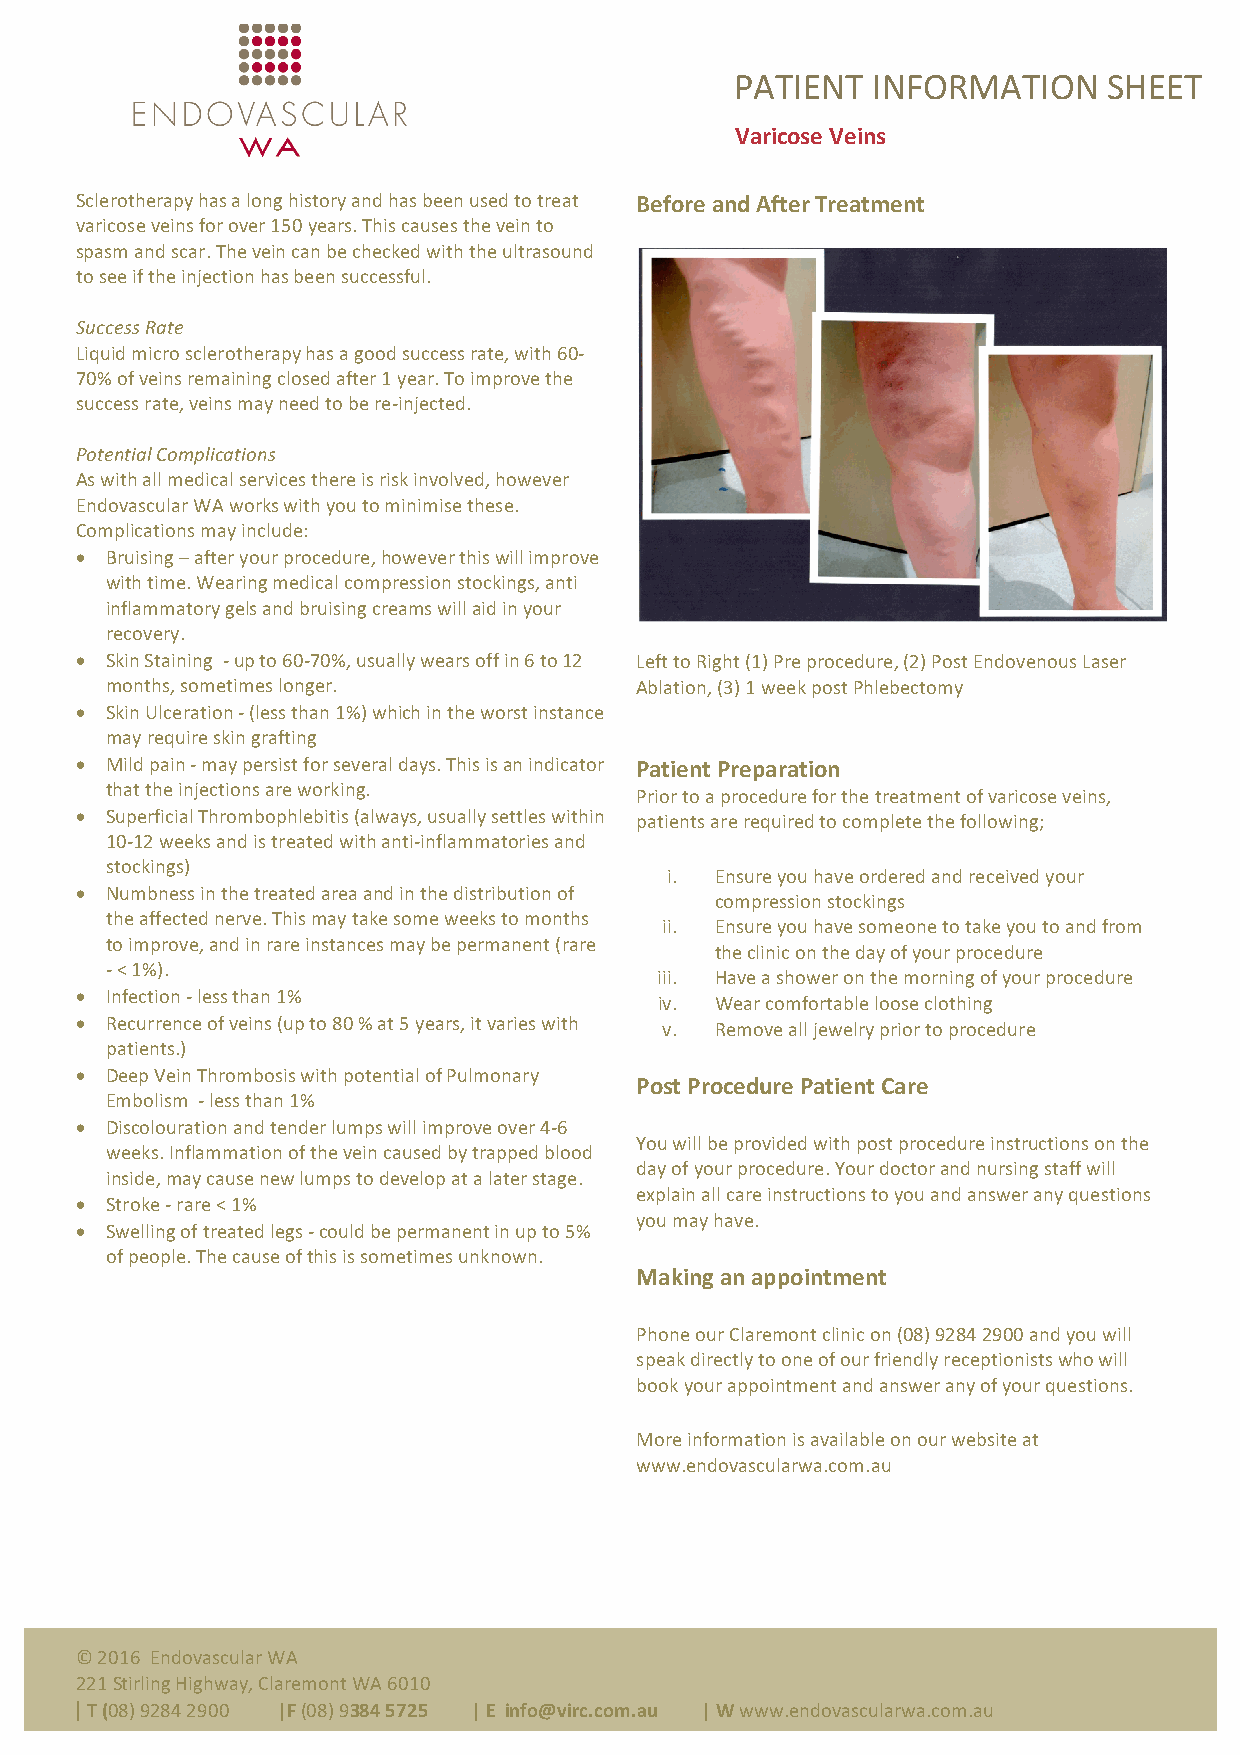
PATIENT  INFORMATION    SHEET
 Varicose Veins
 Sclerotherapy has a long history and has been used to treat Before and After Treatment
 varicose veins for over 150 years. This causes the vein to
 spasm and scar. The vein can be checked with the ultrasound
 to see if the injection has been successful.
 Success Rate
 Liquid micro sclerotherapy has a good success rate, with 60-
 70% of veins remaining closed after 1 year. To improve the
 success rate, veins may need to be re-injected.
 Potential Complications
 As with all medical services there is risk involved, however
 Endovascular WA works with you to minimise these.
 Complications may include:
 • Bruising – after your procedure, however this will improve
 with time. Wearing medical compression stockings, anti
 inflammatory gels and bruising creams will aid in your
 recovery.
 • Skin Staining - up to 60-70%, usually wears off in 6 to 12 Left to Right (1) Pre procedure, (2) Post Endovenous Laser
 months, sometimes longer.          Ablation, (3) 1 week post Phlebectomy
 • Skin Ulceration - (less than 1%) which in the worst instance
 may require skin grafting
 • Mild pain - may persist for several days. This is an indicator Patient Preparation
 that the injections are working.
 Prior to a procedure for the treatment of varicose veins,
 • Superficial Thrombophlebitis (always, usually settles within patients are required to complete the following;
 10-12 weeks and is treated with anti-inflammatories and
 stockings)
 i. Ensure you have ordered and received your
 • Numbness in the treated area and in the distribution of
 compression stockings
 the affected nerve. This may take some weeks to months
 ii. Ensure you have someone to take you to and from
 to improve, and in rare instances may be permanent (rare
 the clinic on the day of your procedure
 - < 1%).
 iii. Have a shower on the morning of your procedure
 • Infection - less than 1%
 iv. Wear comfortable loose clothing
 • Recurrence of veins (up to 80 % at 5 years, it varies with v. Remove all jewelry prior to procedure
 patients.)
 • Deep Vein Thrombosis with potential of Pulmonary
 Post Procedure Patient Care
 Embolism - less than 1%
 • Discolouration and tender lumps will improve over 4-6
 You will be provided with post procedure instructions on the
 weeks. Inflammation of the vein caused by trapped blood
 day of your procedure. Your doctor and nursing staff will
 inside, may cause new lumps to develop at a later stage.
 explain all care instructions to you and answer any questions
 • Stroke - rare < 1%
 you may have.
 • Swelling of treated legs - could be permanent in up to 5%
 of people. The cause of this is sometimes unknown.
 Making an appointment
 Phone our Claremont clinic on (08) 9284 2900 and you will
 speak directly to one of our friendly receptionists who will
 book your appointment and answer any of your questions.
 More information is available on our website at
 www.endovascularwa.com.au
 © 2016 Endovascular WA
 221 Stirling Highway, Claremont WA 6010
 | T (08) 9284 2900 |F (08) 9384 5725 | E info@virc.com.au | W www.endovascularwa.com.au